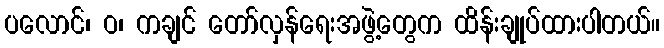
ပလောင်၊ ဝ၊ ကချင် တော်လှန်ရေးအဖွဲ့တွေက ထိန်းချုပ်ထားပါတယ်။